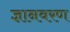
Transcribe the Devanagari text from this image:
ज्ञानवरण